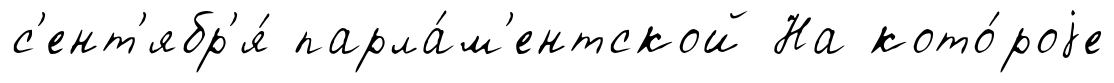
с'ент'ябр'я́ парла́м'ентской На кото́роjе